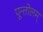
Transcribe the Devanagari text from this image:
पून्तोलम्